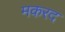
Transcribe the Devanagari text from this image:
मकरद